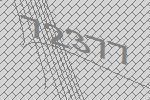
72377